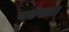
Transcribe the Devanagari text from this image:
गर्भपात।